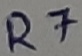
Text: R7